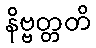
နိဗ္ဗတ္တတိ